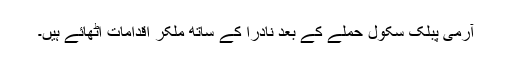
آرمی پبلک سکول حملے کے بعد نادرا کے ساتھ ملکر اقدامات اٹھائے ہیں۔